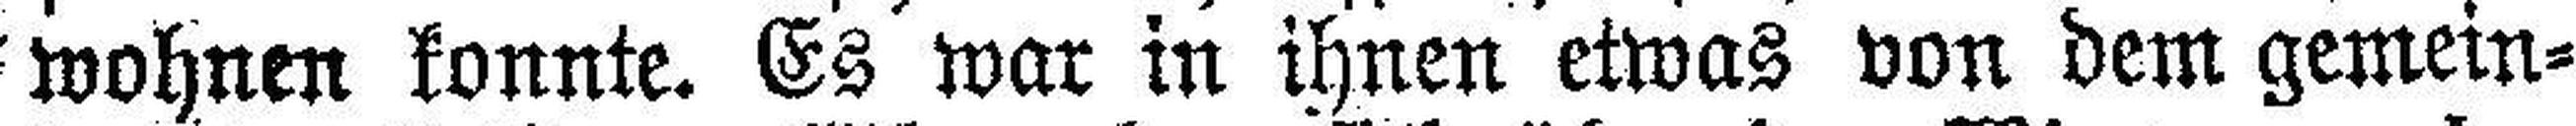
wohnen konnte. Es war in ihnen etwas von dem gemein¬